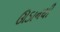
ઊડાનથી